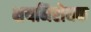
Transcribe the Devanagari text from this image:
क्षयनिरोधक